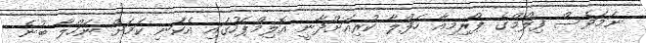
ނަމަވެސް ފިލްމްގެ ޕްރިމިއާ ހަފްލާ ކުރިއަށްދާނީ އޮލިމްޕަހުގައި އެކަނި ކަމަށް ނަހްލާ ބުނެ